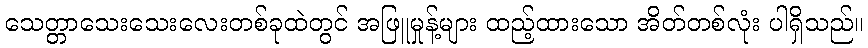
သေတ္တာသေးသေးလေးတစ်ခုထဲတွင် အဖြူမှုန့်များ ထည့်ထားသော အိတ်တစ်လုံး ပါရှိသည်။